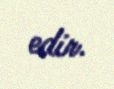
edir.